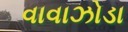
વાવાઝોડા